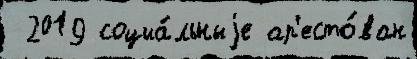
 2019 социа́льныjе ар'есто́ван